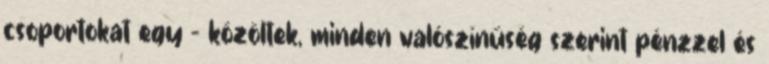
csoportokat egy - közöltek, minden valószínűség szerint pénzzel és